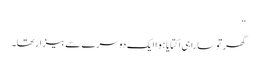
“
گھر توسارا ہی اکتایا ہوا ایک دوسرے سے بیزار تھا۔